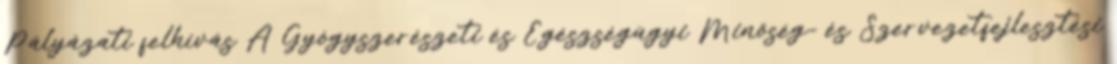
Pályázati felhívás A Gyógyszerészeti és Egészségügyi Minőség- és Szervezetfejlesztési